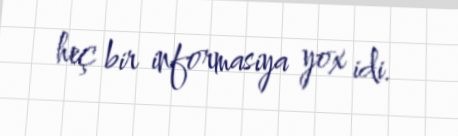
heç bir informasiya yox idi.